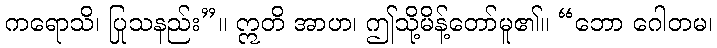
ကရောသိ၊ ပြုသနည်း”။ ဣတိ အာဟ၊ ဤသို့မိန့်တော်မူ၏။ “ဘော ဂေါတမ၊